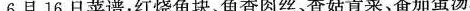
6月16日菜谱；红烧鱼块、鱼香肉丝、香菇青菜、番茄蛋汤。